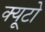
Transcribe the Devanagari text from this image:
क्यूटो